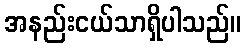
အနည်းငယ်သာရှိပါသည်။